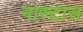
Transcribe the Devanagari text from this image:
नास्टास